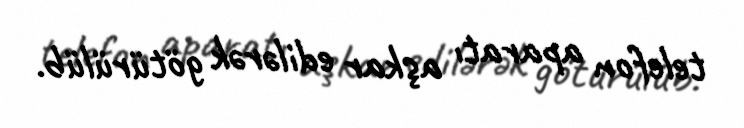
telefon aparatı aşkar edilərək götürülüb.